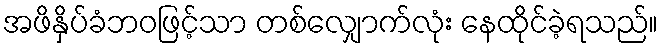
အဖိနှိပ်ခံဘဝဖြင့်သာ တစ်လျှောက်လုံး နေထိုင်ခဲ့ရသည်။